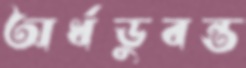
অর্ধডুবন্ত